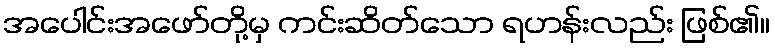
အပေါင်းအဖော်တို့မှ ကင်းဆိတ်သော ရဟန်းလည်း ဖြစ်၏။